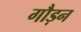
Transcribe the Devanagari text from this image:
गौड़न